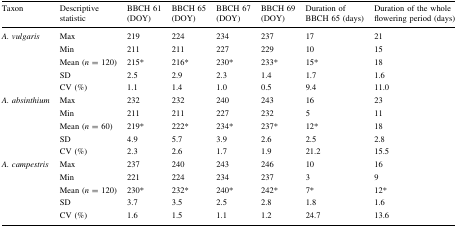
<table><thead><tr><td><b>Taxon</b></td><td><b>Descriptive statistic</b></td><td><b>BBCH 61 (DOY)</b></td><td><b>BBCH 65 (DOY)</b></td><td><b>BBCH 67 (DOY)</b></td><td><b>BBCH 69 (DOY)</b></td><td><b>Duration of BBCH 65 (days)</b></td><td><b>Duration of the whole flowering period (days)</b></td></tr></thead><tbody><tr><td rowspan="5"><i>A. vulgaris</i></td><td>Max</td><td>219</td><td>224</td><td>234</td><td>237</td><td>17</td><td>21</td></tr><tr><td>Min</td><td>211</td><td>211</td><td>227</td><td>229</td><td>10</td><td>15</td></tr><tr><td>Mean (<i>n</i> = 120)</td><td>215*</td><td>216*</td><td>230*</td><td>233*</td><td>15*</td><td>18</td></tr><tr><td>SD</td><td>2.5</td><td>2.9</td><td>2.3</td><td>1.4</td><td>1.7</td><td>1.6</td></tr><tr><td>CV (%)</td><td>1.1</td><td>1.4</td><td>1.0</td><td>0.5</td><td>9.4</td><td>11.0</td></tr><tr><td rowspan="5"><i>A. absinthium</i></td><td>Max</td><td>232</td><td>232</td><td>240</td><td>243</td><td>16</td><td>23</td></tr><tr><td>Min</td><td>211</td><td>211</td><td>227</td><td>232</td><td>5</td><td>11</td></tr><tr><td>Mean (<i>n</i> = 60)</td><td>219*</td><td>222*</td><td>234*</td><td>237*</td><td>12*</td><td>18</td></tr><tr><td>SD</td><td>4.9</td><td>5.7</td><td>3.9</td><td>2.6</td><td>2.5</td><td>2.8</td></tr><tr><td>CV (%)</td><td>2.3</td><td>2.6</td><td>1.7</td><td>1.9</td><td>21.2</td><td>15.5</td></tr><tr><td rowspan="5"><i>A. campestris</i></td><td>Max</td><td>237</td><td>240</td><td>243</td><td>246</td><td>10</td><td>16</td></tr><tr><td>Min</td><td>221</td><td>224</td><td>234</td><td>237</td><td>3</td><td>9</td></tr><tr><td>Mean (<i>n</i> = 120)</td><td>230*</td><td>232*</td><td>240*</td><td>242*</td><td>7*</td><td>12*</td></tr><tr><td>SD</td><td>3.7</td><td>3.5</td><td>2.5</td><td>2.8</td><td>1.8</td><td>1.6</td></tr><tr><td>CV (%)</td><td>1.6</td><td>1.5</td><td>1.1</td><td>1.2</td><td>24.7</td><td>13.6</td></tr></tbody></table>